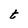
Character: t